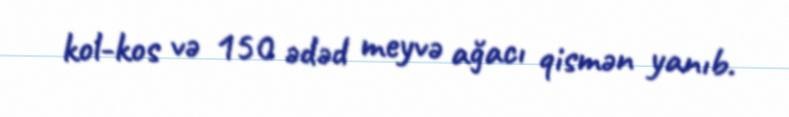
kol-kos və 150 ədəd meyvə ağacı qismən yanıb.